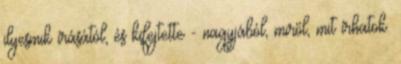
ilyesmik írásától, és kifejtette - nagyjából, miről, mit írhatok.